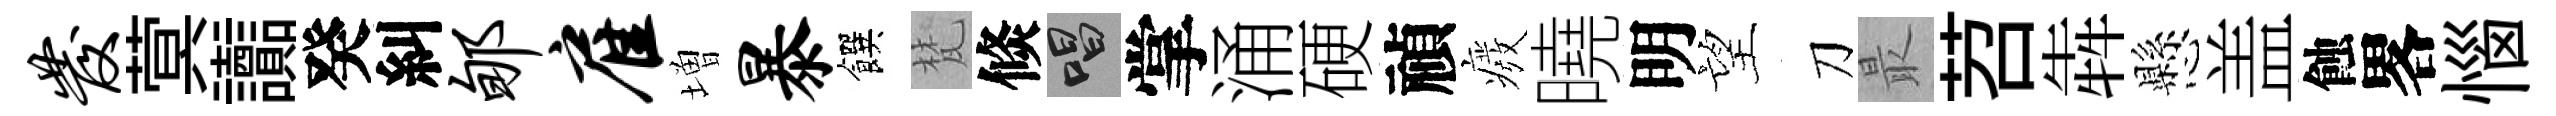
发蓂讟癸糾郇雇増暴饌梵倐唱掌涌硬禎癈曉明望刀最苕犇懸盖蝕畧惱